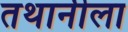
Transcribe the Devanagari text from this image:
तथानीला